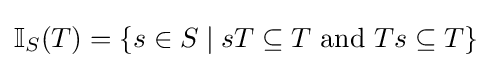
\mathbb {I} _{S}(T)=\{s\in S\mid sT\subseteq T{\text{ and }}Ts\subseteq T\}